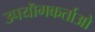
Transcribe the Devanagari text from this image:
उपयॊगकर्ताओ